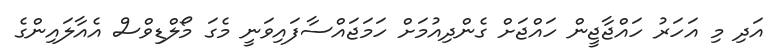
އަދި މި އަހަރު ހައްޖާޖީން ހައްޖަށް ގެންދިއުމަށް ހަމަޖައްސާފައިވަނީ މެގަ މޯލްޑިވްސް އެއާލައިންގެ